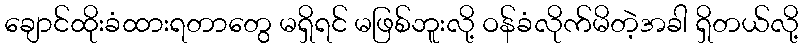
ချောင်ထိုးခံထားရတာတွေ မရှိရင် မဖြစ်ဘူးလို့ ဝန်ခံလိုက်မိတဲ့အခါ ရှိတယ်လို့